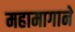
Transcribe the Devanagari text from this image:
महामागाने